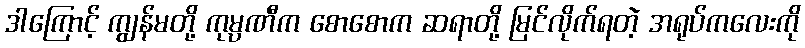
ဒါကြောင့် ကျွန်မတို့ ကုမ္ပဏီက စောစောက ဆရာတို့ မြင်လိုက်ရတဲ့ အရုပ်ကလေးကို